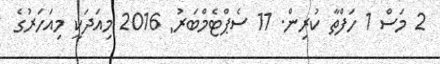
2 މަސް 1 ހަފްތާ ކުރިން. 11 ސެޕްޓެމްބަރު